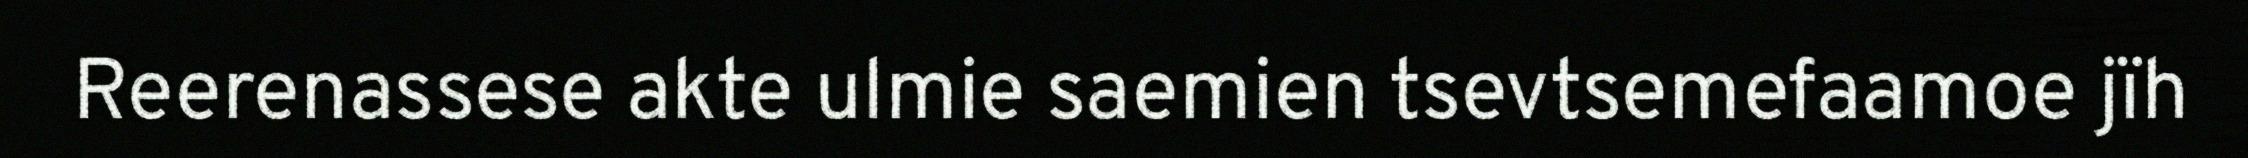
Reerenassese akte ulmie saemien tsevtsemefaamoe jïh